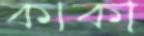
কাকা